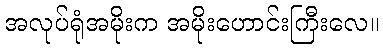
အလုပ်ရုံအမိုးက အမိုးဟောင်းကြီးလေ။